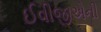
ઈવીજીએની